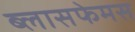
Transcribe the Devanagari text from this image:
ब्लासफेमस